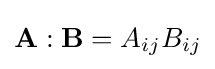
{\mathbf {A}}:{\mathbf {B}}=A_{ij}B_{ij}